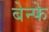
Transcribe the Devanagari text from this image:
बेन्फे